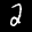
Label: 2